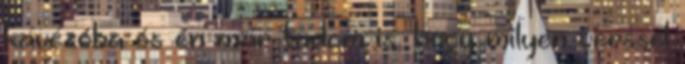
kávézóba és én már tudom is, hogy milyen verssel